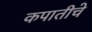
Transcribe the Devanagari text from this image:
कपातीचे